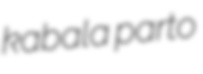
kabala parto